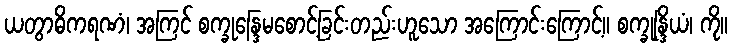
ယတွာဓိကရဏံ၊ အကြင် စက္ခုန္ဒြေမစောင့်ခြင်းတည်းဟူသော အကြောင်းကြောင့်။ စက္ခုန္ဒြိယံ၊ ကို။